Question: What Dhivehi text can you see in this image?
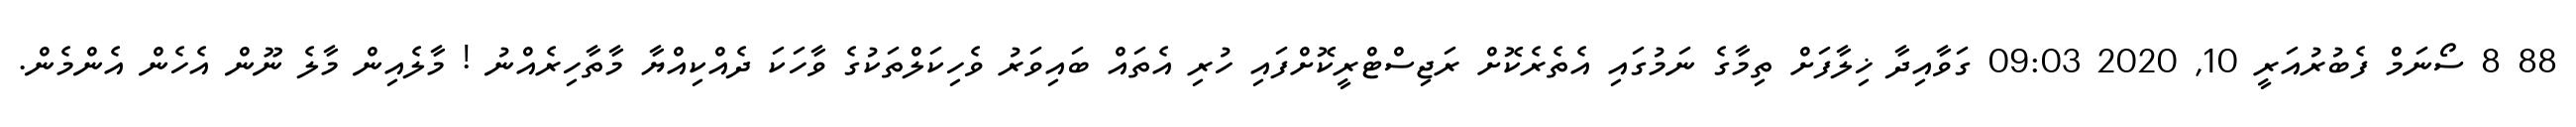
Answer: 88 8 ސޯނަމް ފެބުރުއަރީ 10, 2020 09:03 ގަވާއިދާ ޚިލާފަށް ތިމާގެ ނަމުގައި އެތެރެކޮށް ރަޖިސްޓްރީކޮށްފައި ހުރި އެތައް ބައިވަރު ވެހިކަލްތަކުގެ ވާހަކަ ދެއްކިއްޔާ މާތާހިރެއްނު ! މާލެއިން މާލެ ނޫން އެހެން އެންމެން.